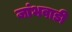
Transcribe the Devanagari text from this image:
जांभवाडी